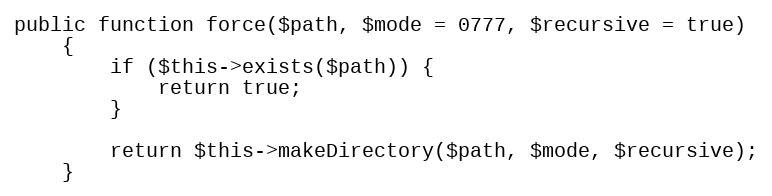
Language: PHP
public function force($path, $mode = 0777, $recursive = true)
    {
        if ($this->exists($path)) {
            return true;
        }

        return $this->makeDirectory($path, $mode, $recursive);
    }